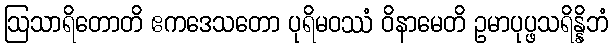
ဩသာရိတောတိ ဧကဒေသတော ပုရိမဝဿံ ဝိနာမေတိ ဥမာပုပ္ဖသရိန္နိဘံ